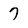
Character: 7